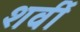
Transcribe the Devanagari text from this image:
शर्वी